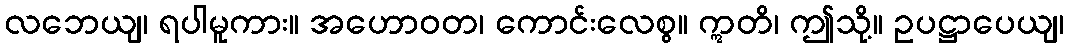
လဘေယျ၊ ရပါမူကား။ အဟောဝတ၊ ကောင်းလေစွ။ ဣတိ၊ ဤသို့။ ဥပဋ္ဌာပေယျ၊